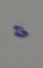
=